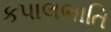
કપાલભાતિ